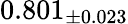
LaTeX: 0.801_{\pm 0.023}